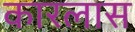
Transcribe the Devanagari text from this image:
कारलास